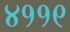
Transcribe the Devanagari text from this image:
४११९